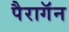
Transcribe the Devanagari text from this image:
पैरागॅन